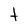
Character: t